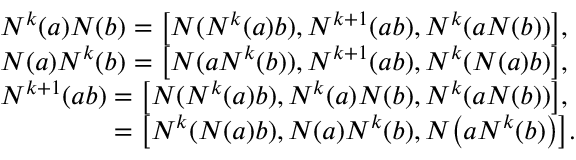
\begin{array} { r l } & { N ^ { k } ( a ) N ( b ) = \big [ N ( N ^ { k } ( a ) b ) , N ^ { k + 1 } ( a b ) , N ^ { k } ( a N ( b ) ) \big ] , } \\ & { N ( a ) N ^ { k } ( b ) = \big [ N ( a N ^ { k } ( b ) ) , N ^ { k + 1 } ( a b ) , N ^ { k } ( N ( a ) b ) \big ] , } \\ & { N ^ { k + 1 } ( a b ) = \big [ N ( N ^ { k } ( a ) b ) , N ^ { k } ( a ) N ( b ) , N ^ { k } ( a N ( b ) ) \big ] , } \\ & { \hphantom { N ^ { k + 1 } ( a b ) } = \big [ N ^ { k } ( N ( a ) b ) , N ( a ) N ^ { k } ( b ) , N \big ( a N ^ { k } ( b ) \big ) \big ] . } \end{array}